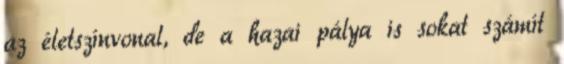
az életszínvonal, de a hazai pálya is sokat számít